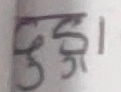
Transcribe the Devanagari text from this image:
मुद्दा।